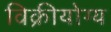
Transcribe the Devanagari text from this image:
विक्रीयोग्य